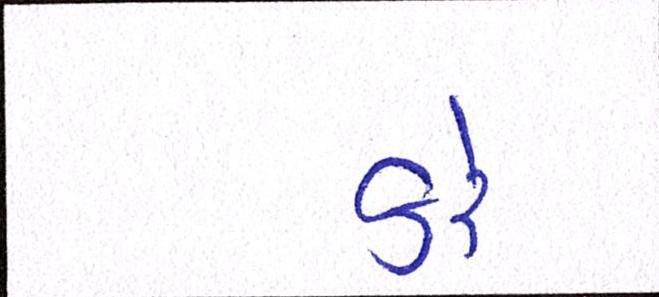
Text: કરેં